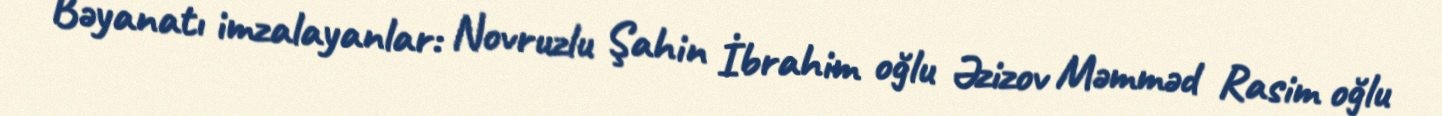
Bəyanatı imzalayanlar: Novruzlu Şahin İbrahim oğlu Əzizov Məmməd Rasim oğlu